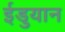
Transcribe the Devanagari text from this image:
ईडुयान